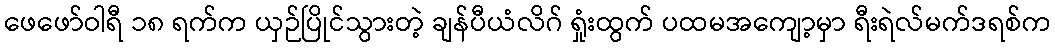
ဖေဖော်ဝါရီ ၁၈ ရက်က ယှဉ်ပြိုင်သွားတဲ့ ချန်ပီယံလိဂ် ရှုံးထွက် ပထမအကျော့မှာ ရီးရဲလ်မက်ဒရစ်က